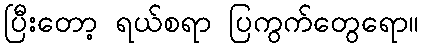
ပြီးတော့ ရယ်စရာ ပြကွက်တွေရော။